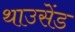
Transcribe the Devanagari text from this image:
थाउसेंड